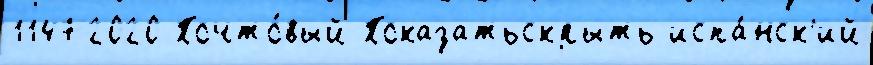
11472020 Почто́вый Показатьскрыть испа́нск'ий